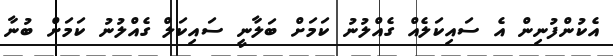
އެކުންފުނިން އެ ސައިކަލެއް ގެއްލުނު ކަމަށް ބަލާނީ ސައިކަލް ގެއްލުނު ކަމަށް ބުނާ